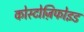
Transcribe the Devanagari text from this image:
कोस्टोज़िफोइड